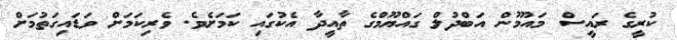
ކުރީގެ ރައީސް މައުމޫން އަބްދުލް ގައްޔޫމްގެ ތާއީދާ އެކުގައި ކަމަށެވެ. ވެރިކަމަށް ވަޑައިގަތުމަށް